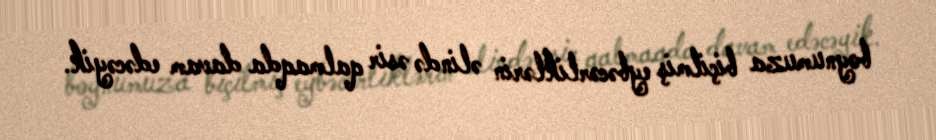
boynumuza biçilmiş eybəcərliklərin əlində əsir qalmaqda davam edəcəyik.